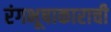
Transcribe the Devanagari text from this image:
रंगभूषाकाराची